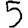
Digit: 5